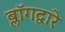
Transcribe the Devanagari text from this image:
ब्लॉगद्वारे